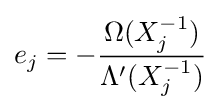
e_{j}=-{\frac {\Omega (X_{j}^{-1})}{\Lambda '(X_{j}^{-1})}}